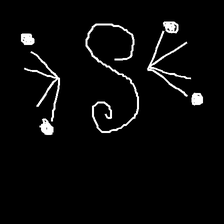
Glyph: aeroform